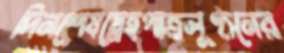
দিনশেষস্নেহপাত্রলুণ্ঠনের